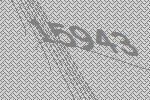
15943